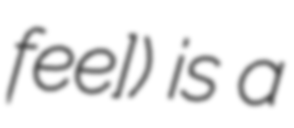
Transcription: feʁe]) is a